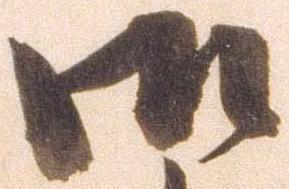
御